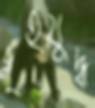
গৃহযুদ্ধ